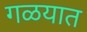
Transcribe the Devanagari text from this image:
गळयात